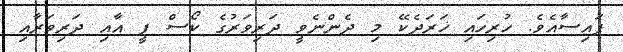
ފައިސާއެވެ. ހުރިހައި ޚަރަދެކޭ މި ދެންނެވީ ދަރިވަރުގެ ކޯސް ފީ އާއި ދަރިވަރާއި